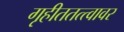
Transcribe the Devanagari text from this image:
गृहीततत्त्वावर